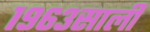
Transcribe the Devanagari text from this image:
१९६३साली